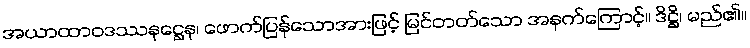
အယာထာဝဒဿနဋ္ဌေန၊ ဖောက်ပြန်သောအားဖြင့် မြင်တတ်သော အနက်ကြောင့်။ ဒိဋ္ဌိ၊ မည်၏။